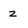
Character: z